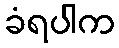
ခံရပါက